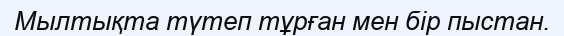
Мылтықта түтеп тұрған мен бір пыстан.